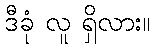
ဒီခုံ လူ ရှိလား။